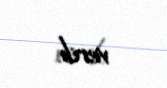
verib.